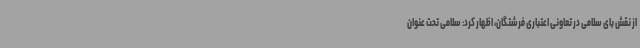
از نقش بای سلامی در تعاونی اعتباری فرشتگان، اظهار کرد: سلامی تحت عنوان